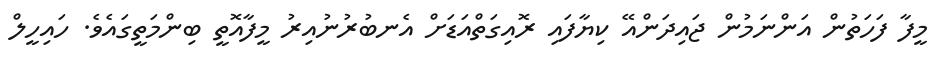
މީފާ ފަހަތުން އަންނަމުން ޖައިދަންއޭ ކިޔާފައި ރޮއިގަތްއަޑަށް އެނބުރުނުއިރު މީފާއޮތީ ބިންމަތީގައެވެ. ހައިހީލް